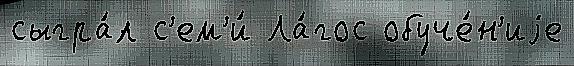
сыгра́л с'ем'и́ Ла́гос обуче́н'иjе